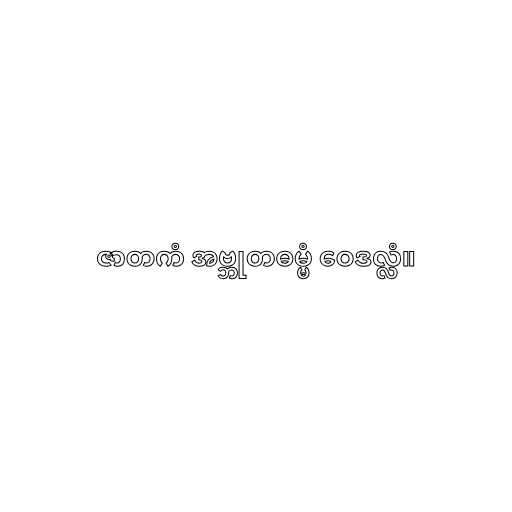
ဇာတကံ အဗ္ဘုတဓမ္မံ ဝေဒလ္လံ။